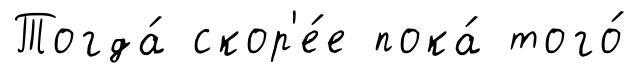
Тогда́ скор'е́е пока́ того́